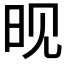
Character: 𬀪